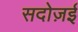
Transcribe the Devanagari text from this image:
सदोज़ई